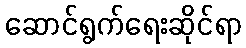
ဆောင်ရွက်ရေးဆိုင်ရာ